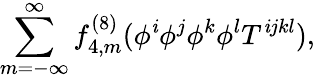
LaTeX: \sum_{m=-\infty}^{\infty}f_{4,m}^{(8)}(\phi^{\mathit{i}}\phi^{j}\phi^{k}\phi^{l}T^{\mathit{i}jkl}),